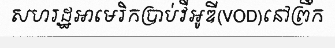
សហរដ្ឋអាមេរិកប្រាប់វីអូឌី(VOD)នៅព្រឹក